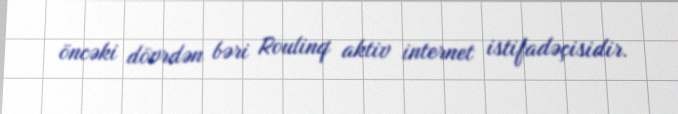
öncəki dövrdən bəri Roulinq aktiv internet istifadəçisidir.